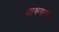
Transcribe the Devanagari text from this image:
मारूफ़गंज